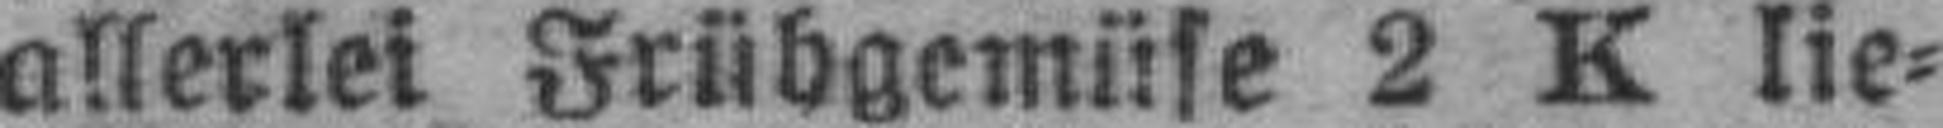
allerlei Frühgemüse 2 Klie¬